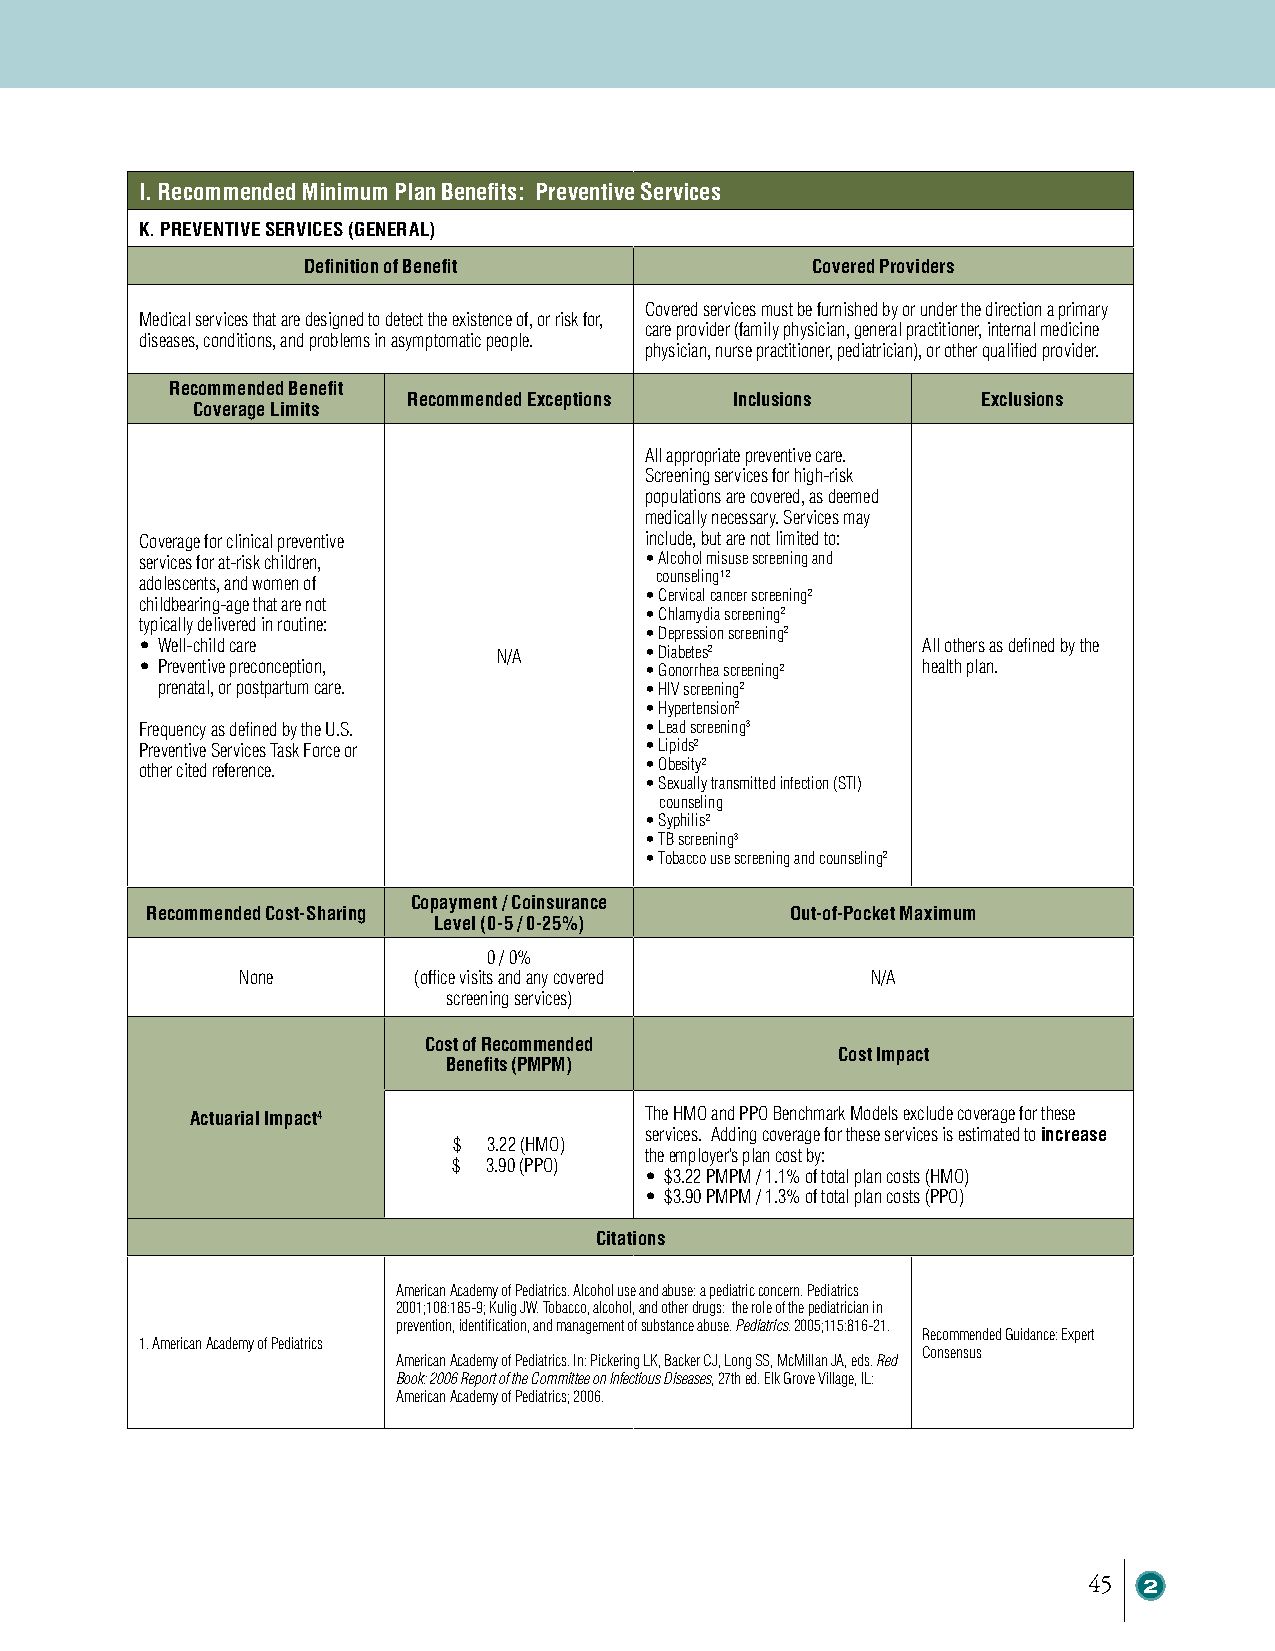
I. Recommended Minimum Plan Benefits: Preventive Services
 K. PREVENTIVE SERVICES (GENERAL)
 Definition of Benefit             Covered Providers
 Covered services must be furnished by or under the direction a primary
 Medical services that are designed to detect the existence of, or risk for,
 care provider (family physician, general practitioner, internal medicine
 diseases, conditions, and problems in asymptomatic people.
 physician, nurse practitioner, pediatrician), or other qualified provider.
 Recommended Benefit
 Recommended Exceptions Inclusions     Exclusions
 Coverage Limits
 All appropriate preventive care.
 Screening services for high-risk
 populations are covered, as deemed
 medically necessary. Services may
 Coverage for clinical preventive  include, but are not limited to:
 services for at-risk children,    • Alcohol misuse screening and
 adolescents, and women of         counseling1,2
 • Cervical cancer screening2
 childbearing-age that are not
 • Chlamydia screening2
 typically delivered in routine:
 • Depression screening2
 • Well-child care                                   All others as defined by the
 N/A       • Diabetes2
 • Preventive preconception,       • Gonorrhea screening2 health plan.
 prenatal, or postpartum care.    • HIV screening2
 • Hypertension2
 Frequency as defined by the U.S.  • Lead screening3
 Preventive Services Task Force or • Lipids2
 other cited reference.            • Obesity2
 • Sexually transmitted infection (STI)
 counseling
 • Syphilis2
 • TB screening3
 • Tobacco use screening and counseling2
 Copayment / Coinsurance
 Recommended Cost-Sharing                  Out-of-Pocket Maximum
 Level (0-5 / 0-25%)
 0 / 0%
 None       (office visits and any covered N/A
 screening services)
 Cost of Recommended
 Cost Impact
 Benefits (PMPM)
 Actuarial Impact4             The HMO and PPO Benchmark Models exclude coverage for these
 services. Adding coverage for these services is estimated to increase
 $ 3.22 (HMO)
 the employer’s plan cost by:
 $ 3.90 (PPO)
 • $3.22 PMPM / 1.1% of total plan costs (HMO)
 • $3.90 PMPM / 1.3% of total plan costs (PPO)
 Citations
 American Academy of Pediatrics. Alcohol use and abuse: a pediatric concern. Pediatrics
 2001;108:185-9; Kulig JW. Tobacco, alcohol, and other drugs: the role of the pediatrician in
 prevention, identification, and management of substance abuse. Pediatrics. 2005;115:816-21.
 Recommended Guidance: Expert
 1. American Academy of Pediatrics
 Consensus
 American Academy of Pediatrics. In: Pickering LK, Backer CJ, Long SS, McMillan JA, eds. Red
 Book: 2006 Report of the Committee on Infectious Diseases, 27th ed. Elk Grove Village, IL:
 American Academy of Pediatrics; 2006.
 45  2